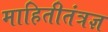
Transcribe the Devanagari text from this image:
माहितीतंत्रज्ञ